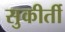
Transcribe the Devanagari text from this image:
सुकीर्ती